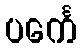
ပင်္ကေ